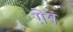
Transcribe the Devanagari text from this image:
ग़ेय